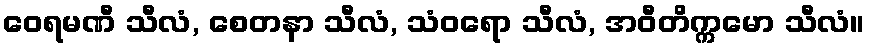
ဝေရမဏီ သီလံ, စေတနာ သီလံ, သံဝရော သီလံ, အဝီတိက္ကမော သီလံ။